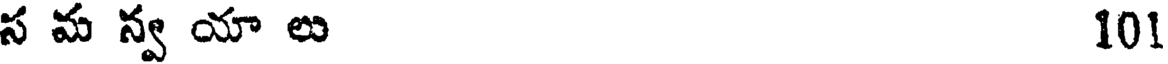
స మ న్వ యా ల 101